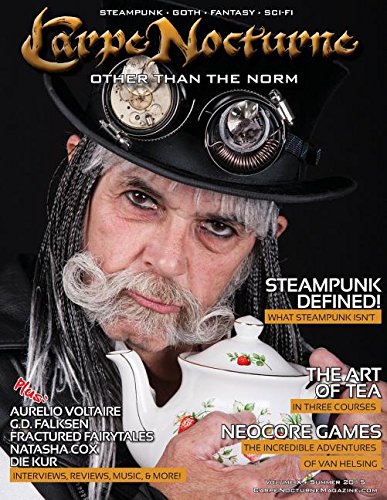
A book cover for Carpe Nocturne Magazine Summer 2015: Volume X Summer 2015; Crafts, Hobbies & Home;